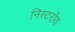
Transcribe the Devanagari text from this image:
निस्टरॉय